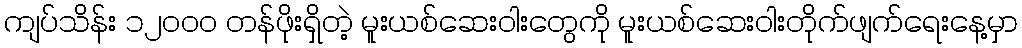
ကျပ်သိန်း ၁၂၀၀၀ တန်ဖိုးရှိတဲ့ မူးယစ်ဆေးဝါးတွေကို မူးယစ်ဆေးဝါးတိုက်ဖျက်ရေးနေ့မှာ